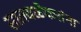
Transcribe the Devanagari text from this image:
सातवळेकरांना